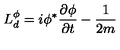
L _ { d } ^ { \phi } = i \phi ^ { \ast } \frac { \partial \phi } { \partial t } - \frac { 1 } { 2 m }